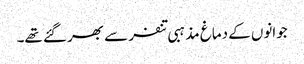
جوانوں کے دماغ مذہبی تنفر سے بھر گئے تھے۔